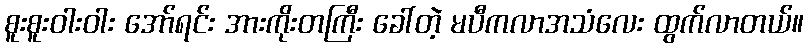
စူးစူးဝါးဝါး အော်ရင်း အားကိုးတကြီး ခေါ်တဲ့ မပီကလာအသံလေး ထွက်လာတယ်။